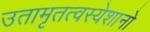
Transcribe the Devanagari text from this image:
उतामृतत्वस्येशानो